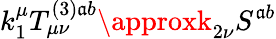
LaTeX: k_{1}^{\mu}T_{\mu\nu}^{(3)\mathfrak{a}b}\approxk_{2\nu}S^{\mathfrak{a}b}